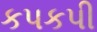
કપકપી